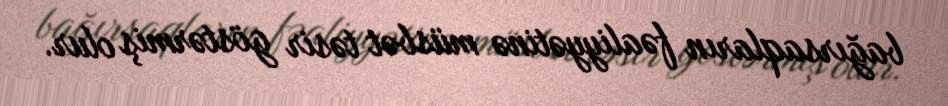
bağırsaqların fəaliyyətinə müsbət təsir göstərmiş olur.